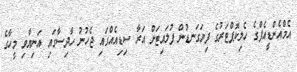
އެމްއެންޑީއެފްގެ ހެލިކޮޕްޓަރުގެ ފިޔަގަނޑުން ފުލައިޓަށް އަރާ ސިޑިއެއްގައި ޖެހުނު ހާދިސާގައި އަނިޔާވި މީހާގެ